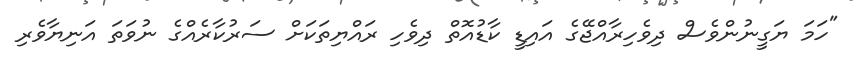
"ހަމަ ޔަގީނުންވެސް ދިވެހިރާއްޖޭގެ އައިޑީ ކާޑުއޮތް ދިވެހި ރައްޔިތަކަށް ސަރުކާރެއްގެ ނުވަތަ އަނިޔާވެރި